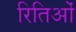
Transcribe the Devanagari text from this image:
रितिओं